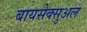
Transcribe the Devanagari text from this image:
बायसेक्सुअल